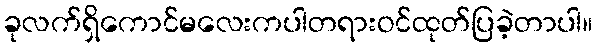
ခုလက်ရှိကောင်မလေးကပါတရားဝင်ထုတ်ပြခဲ့တာပါ။